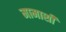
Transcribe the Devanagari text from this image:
मामाशी